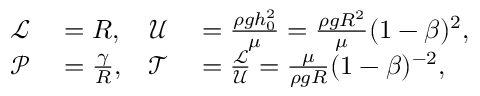
\begin{array} { r l r l } { \mathcal { L } } & { { } = R , } & { \mathcal { U } } & { { } = \frac { \rho g h _ { 0 } ^ { 2 } } { \mu } = \frac { \rho g R ^ { 2 } } { \mu } ( 1 - \beta ) ^ { 2 } , } \\ { \mathcal { P } } & { { } = \frac { \gamma } { R } , } & { \mathcal { T } } & { { } = \frac { \mathcal { L } } { \mathcal { U } } = \frac { \mu } { \rho g R } ( 1 - \beta ) ^ { - 2 } , } \end{array}